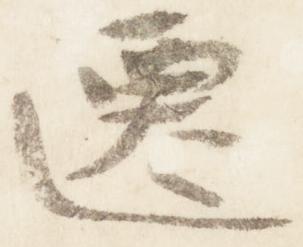
遷